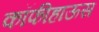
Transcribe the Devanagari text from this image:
कॉफीहाऊस